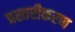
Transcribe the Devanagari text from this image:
प्रस्तरीकरण